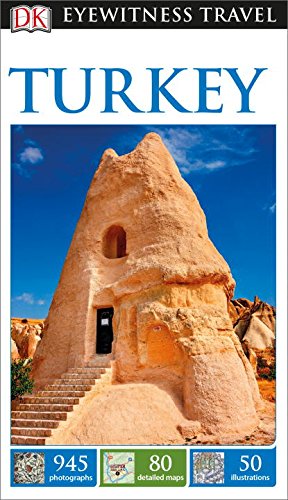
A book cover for DK Eyewitness Travel Guide: Turkey; DK Publishing; Travel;